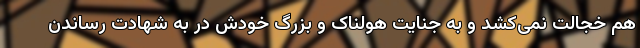
هم خجالت نمی‌کشد و به جنایت هولناک و بزرگ خودش در به شهادت رساندن